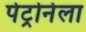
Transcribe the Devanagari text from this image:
पेट्रोनेला